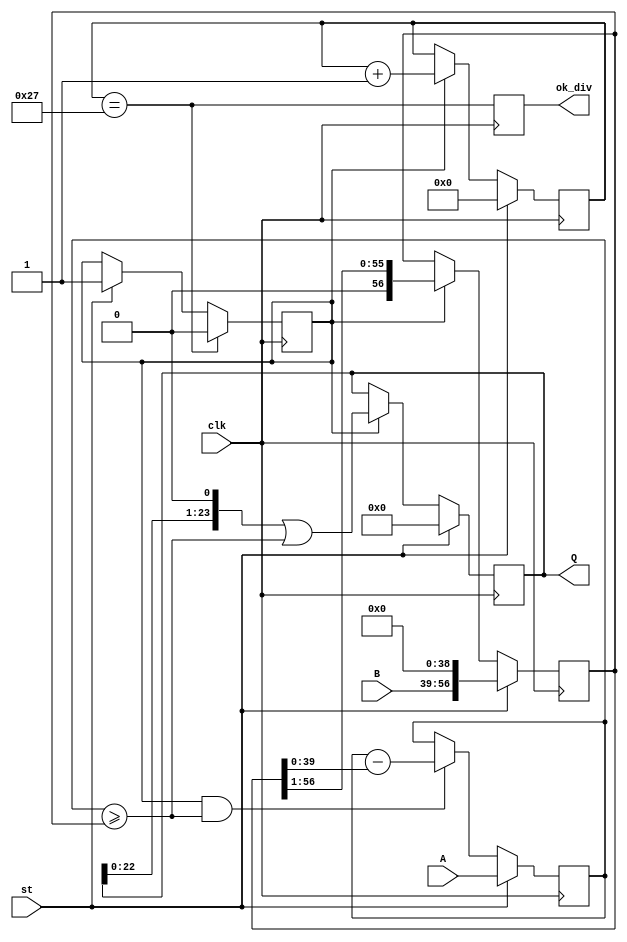
module Div_A40_B18_Q24(input clk, output reg [23:0] Q=0, //   `m_A -`m_B 
                       input [39:0] A, output reg ok_div=0,
                       input [17:0] B,
                       input st);

  reg [39:0]bf_A=0 ; //  `m_A 
  reg [56:0]bf_B=0 ; //  `m_B +`m_A-2 
  reg[7:0]cb_tact=0; //  
  reg TQ=0 ; // 

  wire bit_Q = (bf_A>=bf_B) ; //  
  wire T_end = (cb_tact==39) ; //  
  
  always @ (posedge clk) begin
    bf_A <= st? A: (TQ & bit_Q)? bf_A-bf_B : bf_A ; //
    bf_B <= st? B<<39: TQ? bf_B>>1 : bf_B ; //
    cb_tact <= st? 0 : TQ? cb_tact+1 : cb_tact ;
    TQ <= T_end? 0 : st? 1 : TQ ;
    Q <= st? 0: TQ? Q<<1 | bit_Q : Q ; //
    ok_div <= T_end ;
  end

endmodule